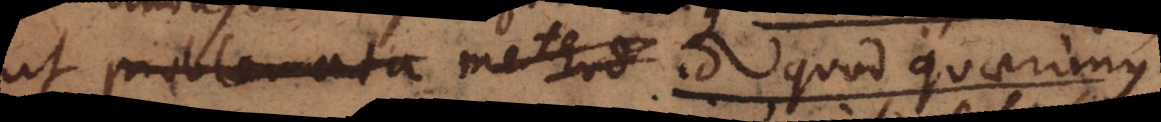
problemata method ut id quod quaerimus